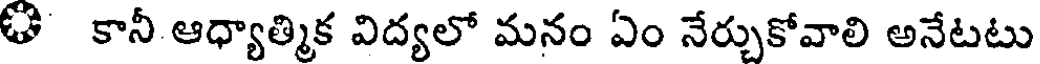
ఊ కానీ ఆధ్యాత్మిక విద్యలో మనం ఏం నేర్చుకోవాలి అనేటటు